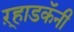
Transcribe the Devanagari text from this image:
ऱ्हाडकॅनी